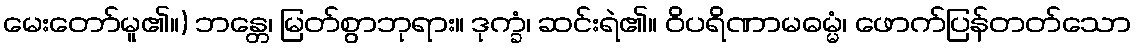
မေးတော်မူ၏။) ဘန္တေ၊ မြတ်စွာဘုရား။ ဒုက္ခံ၊ ဆင်းရဲ၏။ ဝိပရိဏာမဓမ္မံ၊ ဖောက်ပြန်တတ်သော